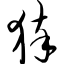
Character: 猝